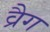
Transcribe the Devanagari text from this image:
व्रैग